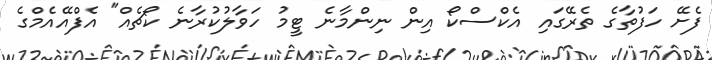
ފެށޭ ހަފުތާގެ ތެރޭގައި އެކްސްކޯ އިން ނިންމާނެ ޓީމު ހަވާލުކުރާނެ ކޯޗެއް" އެފްއޭއެމްގެ